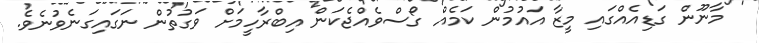
' މާނޫން ގަޑިއެއްގައި މީޒާ އައުމުން ކަމެއް ގޯސްވެއްޖެކަން އިބްރާހީމަށް ވަގުތުން ނަގައިގަނެވުނެވެ.